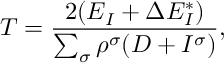
T = \frac { 2 ( E _ { I } + \Delta E _ { I } ^ { * } ) } { \sum _ { \sigma } \rho ^ { \sigma } ( D + I ^ { \sigma } ) } ,